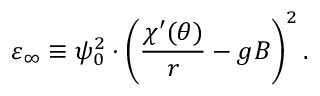
\varepsilon _ { \infty } \equiv \psi _ { 0 } ^ { 2 } \cdot \left( \frac { \chi ^ { \prime } ( \theta ) } r - g B \right) ^ { 2 } .